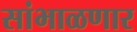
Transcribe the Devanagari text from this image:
सांभाळणार